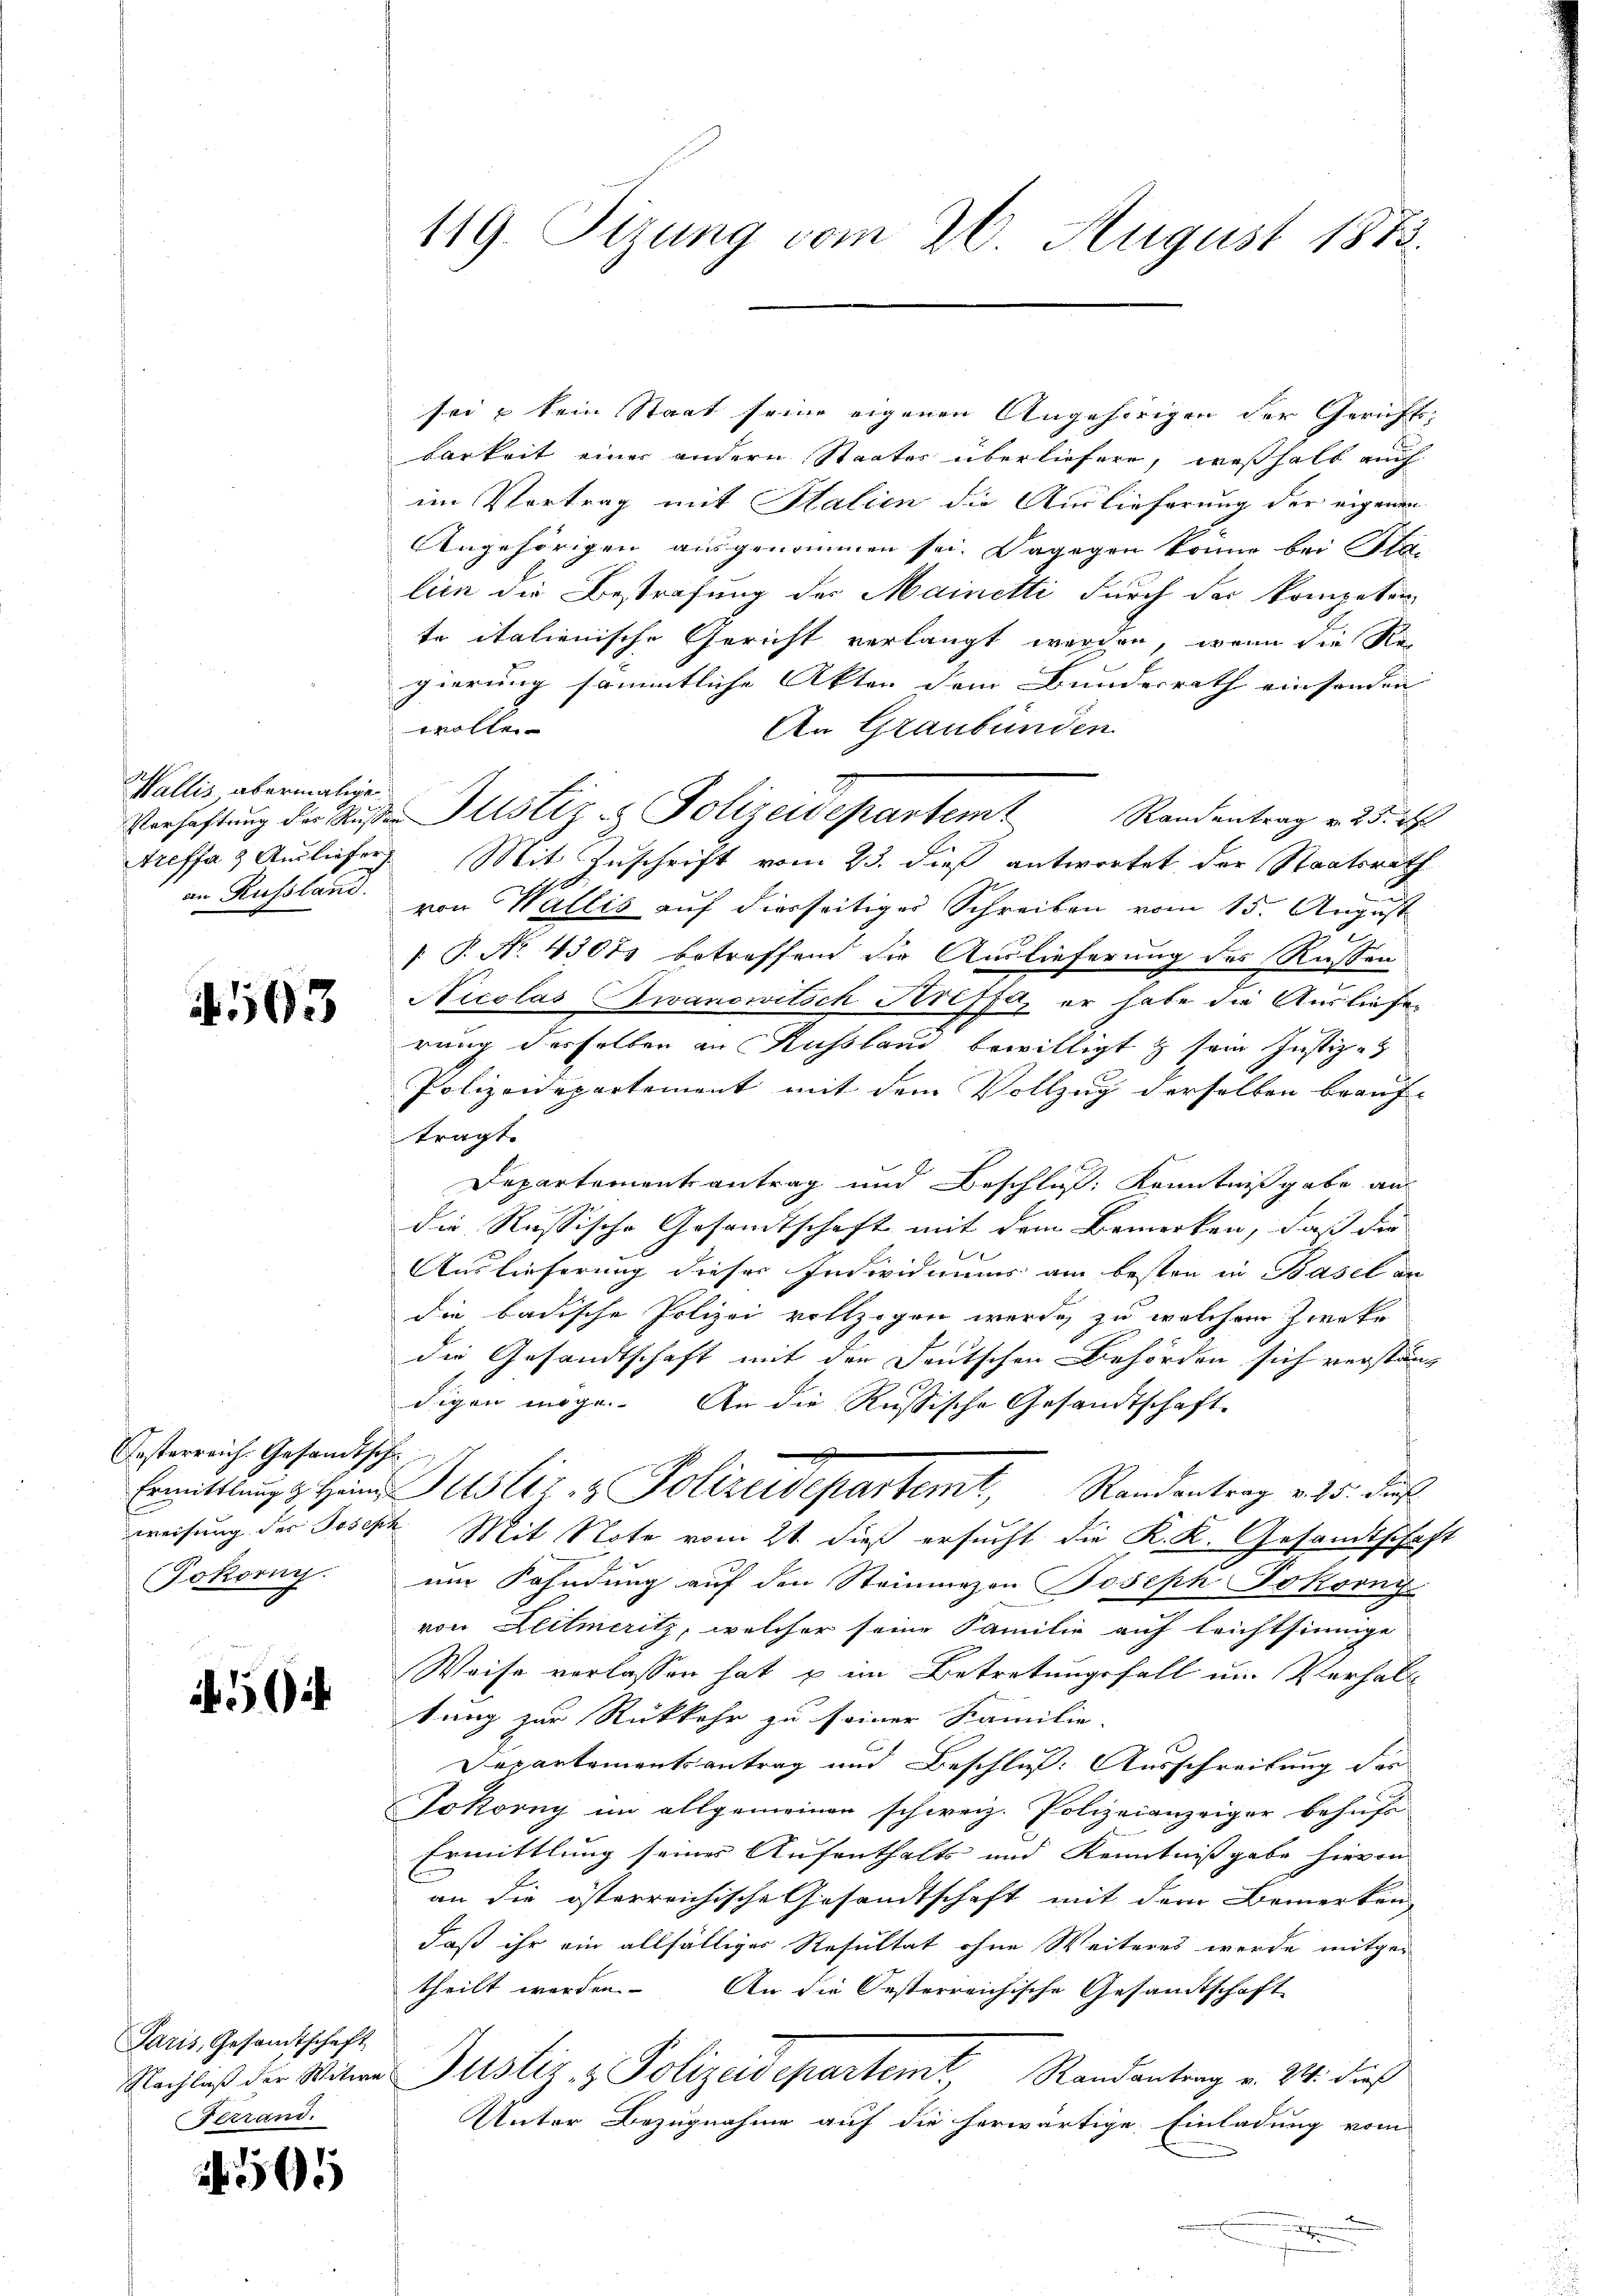
Wallis, abermalige
Treffa & Ausliefer.
an Russland.

93

Oesterreich. Gesandtsche
Jokory.

Paris, Gesandtschaft
Ferrand.

565

119. Sizung vom 26. August 1873.

sei u kein Staat seine eigenen Angehörigen der Gerichts-
barkeit einer andern Staates überliefern, weßhalb auch
im Vortrag mit Stalien die Auslieferung der eigenen
Angehörigen ausgenommen sei. Dagegen könne bei Pla-
lien die Bestrafung des Mainetti durch der kompeten
te italienische Gericht verlangt werden, wenn die Regierung sämmtliche Akten dem Bundesrath einsenden |
trolle
An Graubünden
Mit Zuschrift vom 23. dieß antwortet der Staatsrath
8
von Wallis auf diesseitiger Schreiben vom 15. August
[ P. No. 43071 betreffend die Auslieferung des Russen
Nicolas Jwanowitsch Kriffe, er habe die Ausliefe
rung desselben an Russland bewilligt & sein Justiz- &
Polizeidepartement mit dem Vollzug derselben beauftragt.
Departementantrag und Beschluß: Kenntnißgabe aus
die Russische Gesamtschaft mit dem Bemerken, daß die
Auslieferung dieser Individuums am besten in Basel an
die badische Polizei vollzogen werde, zu welchem Zwecke
die Gesandtschaft mit den Deutschen Behörden sich verstanz
digen möge. An die Russische Gesandtschaft
Ermittlungs Herrn Justiz & Polizeidepartemt, Standentrag v. 25. das
weisung der Joseph Mit Note vom 21. dieß ersucht die K. K. Gesandtschaft
um Fahndung auf den Steinmezen Joseph Fokorny
von Heitmeritz, welcher seine Familie auf leichtsinnige
Weise verlassen hat u im Betretungsfall um Verhalt
tung zur Rückkehr zu seiner Familie-
Departementsantrag und Beschluß: Ausschreibung der
Jokorny im allgemeinen schweiz. Polizeianzeiger behufs
Ermittlung seiner Aufenthalts und Kenntnißgabe hievon
an die österreichische Gesandtschaft mit dem Bemerken
daß ihr ein allfälliger Resultat ohne Weiteres werde mitgetheilt werden.
An die Oesterreichische Gesandtschaft
Nachlaß der Witwe Justiz & Polizeidepartemt, Randantrag v. 24. dieß
Unter Bezugnahme auf die herwärtige Einladung vom

n

Verhaftŭng der Rŭβen Altstiz & Polizeidepartem Randantrag v. 25. 2